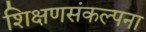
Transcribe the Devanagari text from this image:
शिक्षणसंकल्पना